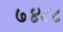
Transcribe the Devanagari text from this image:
७४८८